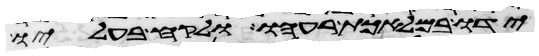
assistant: ידו במלאכת רעהו ולקח בעליו